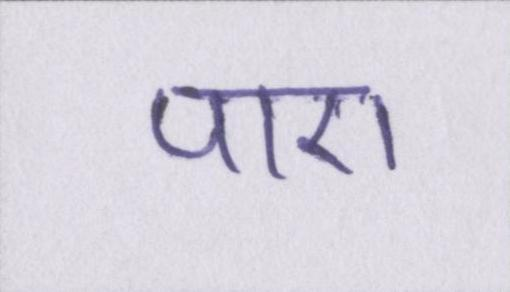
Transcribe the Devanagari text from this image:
पाए